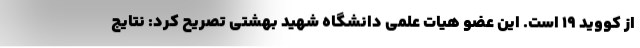
از کووید ۱۹ است. این عضو هیات علمی دانشگاه شهید بهشتی تصریح کرد: نتایج